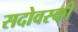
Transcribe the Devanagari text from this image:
सदोवस्की